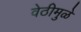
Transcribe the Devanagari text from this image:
वेठीमुळे